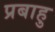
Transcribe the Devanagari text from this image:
प्रबाहु